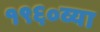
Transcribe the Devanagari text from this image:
१९६०व्या